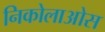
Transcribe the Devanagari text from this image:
निकोलाओस